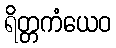
ရိတ္တကံယေဝ